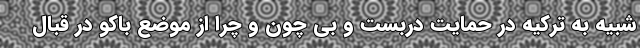
شبیه به ترکیه در حمایت دربست و بی چون و چرا از موضع باکو در قبال